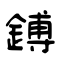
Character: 鎛